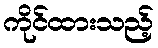
ကိုင်ထားသည့်